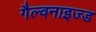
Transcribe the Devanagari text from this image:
गैल्वनाइज्ड